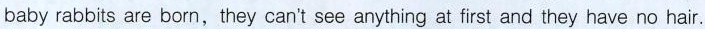
baby rabbits are born,they can't see anything at first and they have no hair.